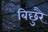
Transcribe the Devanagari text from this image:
बिछुरै